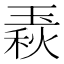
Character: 𤧦